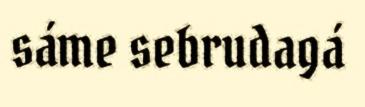
sáme sebrudagá